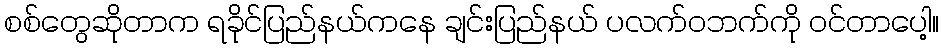
စစ်တွေဆိုတာက ရခိုင်ပြည်နယ်ကနေ ချင်းပြည်နယ် ပလက်၀ဘက်ကို ဝင်တာပေါ့။